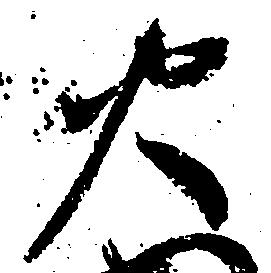
火